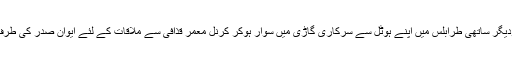
بتایا جاتا ہے کہ امام موسی صدر اور ان کے دودیگر ساتھی طرابلس میں اپنے ہوٹل سے سرکاری گاڑی میں سوار ہوکر کرنل معمر قذافی سے ملاقات کے لئے ایوان صدر کی طرف روانہ ہوئے تاہم واپس ہوٹل لوٹ کر نہیں آئے۔